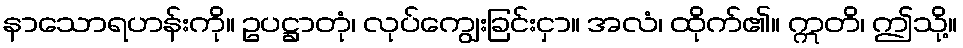
နာသောရဟန်းကို။ ဥပဋ္ဌာတုံ၊ လုပ်ကျွေးခြင်းငှာ။ အလံ၊ ထိုက်၏။ ဣတိ၊ ဤသို့။